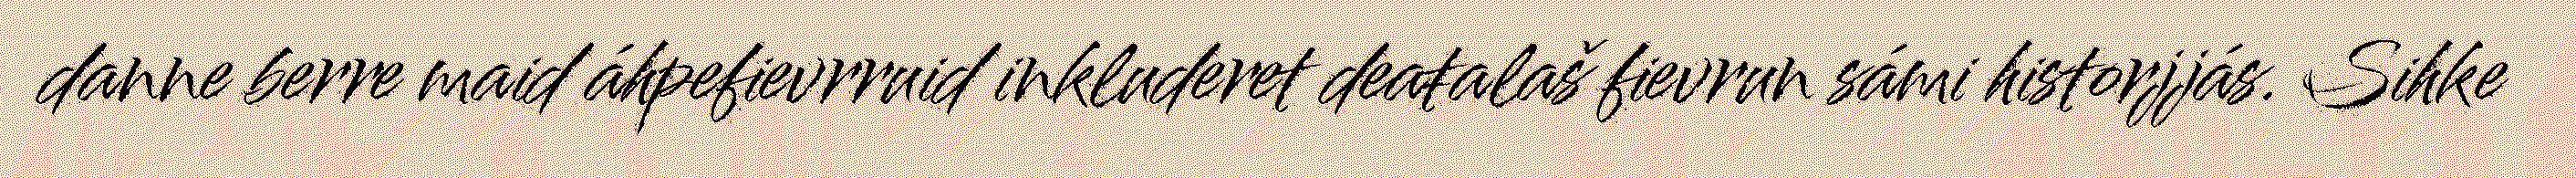
danne berre maid áhpefievrruid inkluderet deaŧalaš fievrun sámi historjjás. Sihke